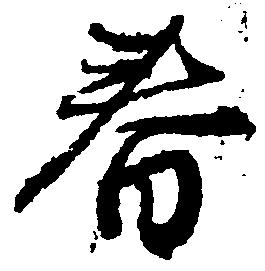
春